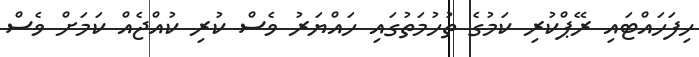
ހިފަހައްޓައި ރޭޕްކުރި ކަމުގެ ތުހުމަތުގައި ހައްޔަރު ވެސް ކުރި ކުއްޖެއް ކަމަށް ވެސް